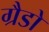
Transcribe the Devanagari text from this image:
ग्रैडो